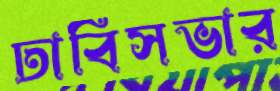
ঢাবিসভার